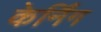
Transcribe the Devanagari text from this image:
केर्निंग